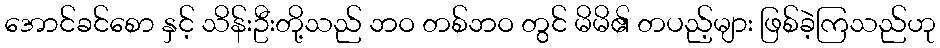
အောင်ခင်စော နှင့် သိန်းဦးတို့သည် ဘဝ တစ်ဘဝ တွင် မိမိ၏ တပည့်များ ဖြစ်ခဲ့ကြသည်ဟု